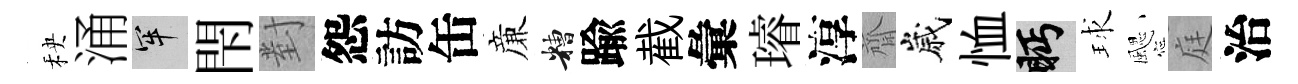
秧涌牢閇對怨訪缶亷糟踰截彙璿淳齋嵗恤眄球颸庭治